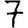
Digit: 7